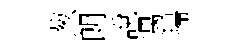
葱朗說遇掃